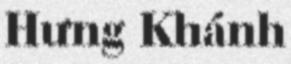
Hưng Khánh